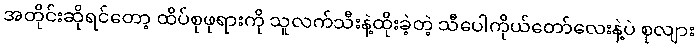
အတိုင်းဆိုရင်တော့ ထိပ်စုဖုရားကို သူလက်သီးနဲ့ထိုးခဲ့တဲ့ သီပေါကိုယ်တော်လေးနဲ့ပဲ စုလျား